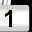
Digit: 1